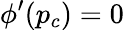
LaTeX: \phi^{\prime}(p_{c})=0